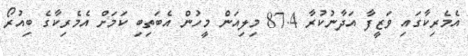
އެމެރިކާގައި ވަޒީފާ އަދާނުކުރާ 87.4 މިލިއަން މީހުން އެބަތިބި ކަމަށް އެމެރިކާގެ ބިއުރޯ